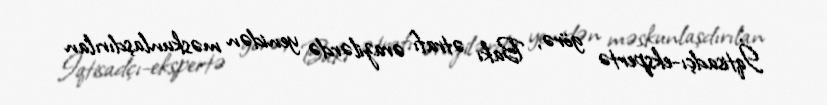
İqtisadçı-ekspertə görə, Bakı ətrafı ərazilərdə yenidən məskunlaşdırılan